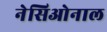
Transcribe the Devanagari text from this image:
नेसिओनाल